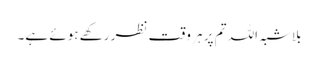
بلاشبہ اللہ تم پر ہر وقت نظر رکھے ہوئے ہے۔